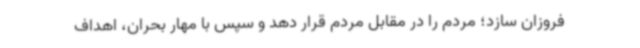
فروزان سازد؛ مردم را در مقابل مردم قرار دهد و سپس با مهار بحران، اهداف